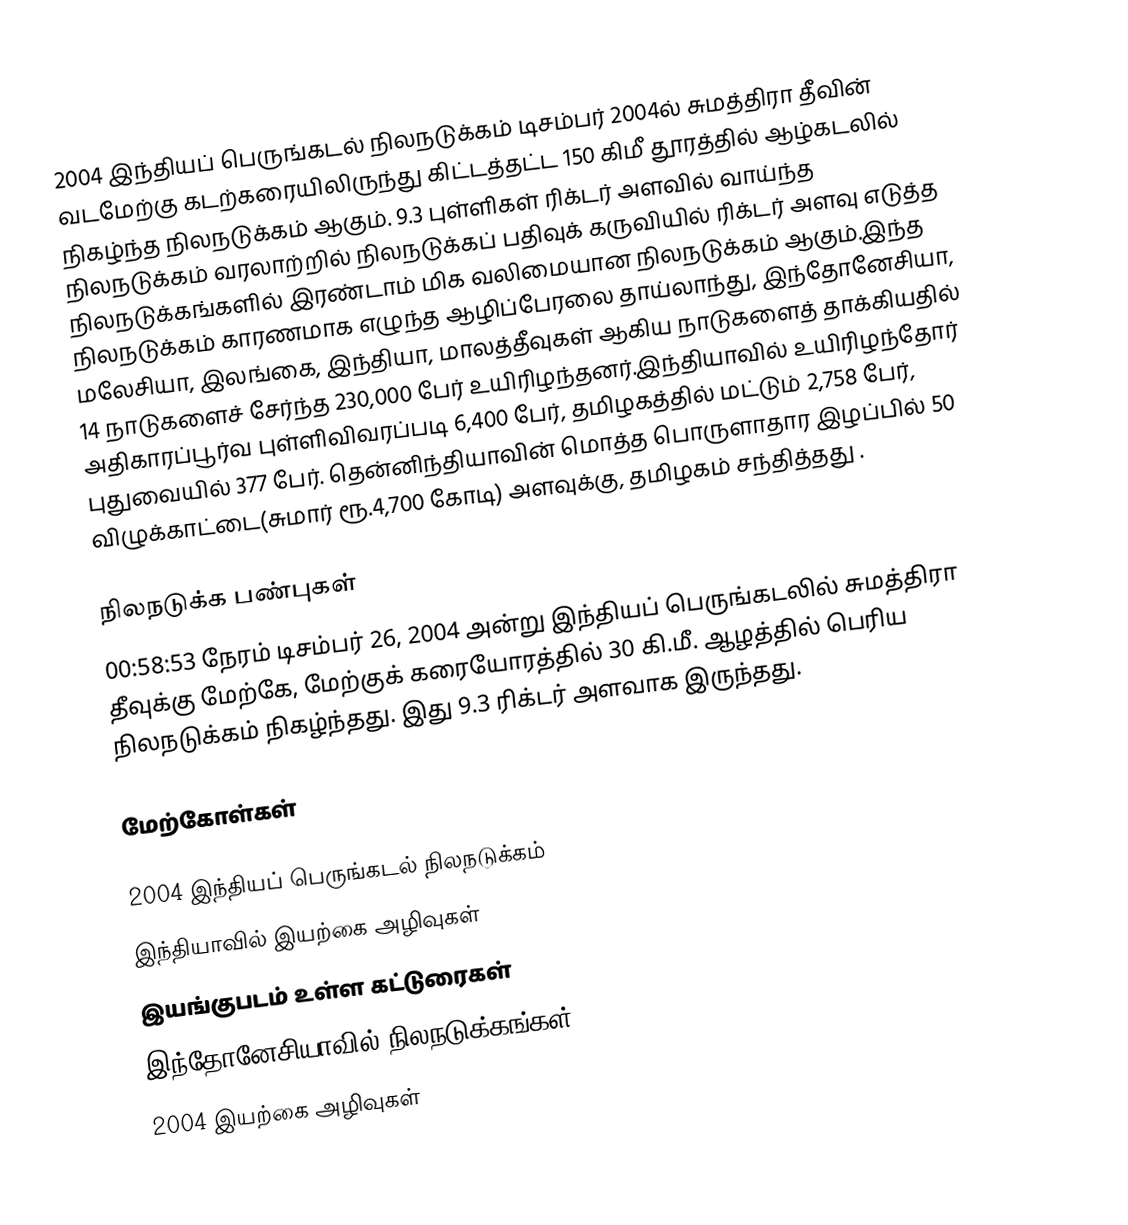
2004 இந்தியப் பெருங்கடல் நிலநடுக்கம் டிசம்பர் 2004ல் சுமத்திரா தீவின் வடமேற்கு கடற்கரையிலிருந்து கிட்டத்தட்ட 150 கிமீ தூரத்தில் ஆழ்கடலில் நிகழ்ந்த நிலநடுக்கம் ஆகும். 9.3 புள்ளிகள் ரிக்டர் அளவில் வாய்ந்த நிலநடுக்கம் வரலாற்றில் நிலநடுக்கப் பதிவுக் கருவியில் ரிக்டர் அளவு எடுத்த நிலநடுக்கங்களில் இரண்டாம் மிக வலிமையான நிலநடுக்கம் ஆகும்.இந்த நிலநடுக்கம் காரணமாக எழுந்த ஆழிப்பேரலை தாய்லாந்து, இந்தோனேசியா, மலேசியா, இலங்கை, இந்தியா, மாலத்தீவுகள் ஆகிய நாடுகளைத் தாக்கியதில் 14 நாடுகளைச் சேர்ந்த 230,000 பேர் உயிரிழந்தனர்.இந்தியாவில் உயிரிழந்தோர் அதிகாரப்பூர்வ புள்ளிவிவரப்படி 6,400 பேர், தமிழகத்தில் மட்டும் 2,758 பேர், புதுவையில் 377 பேர். தென்னிந்தியாவின் மொத்த பொருளாதார இழப்பில் 50 விழுக்காட்டை(சுமார் ரூ.4,700 கோடி) அளவுக்கு, தமிழகம் சந்தித்தது .

நிலநடுக்க பண்புகள்
00:58:53 நேரம் டிசம்பர் 26, 2004  அன்று இந்தியப் பெருங்கடலில் சுமத்திரா தீவுக்கு மேற்கே, மேற்குக் கரையோரத்தில் 30 கி.மீ. ஆழத்தில் பெரிய நிலநடுக்கம் நிகழ்ந்தது. இது 9.3 ரிக்டர் அளவாக இருந்தது.

மேற்கோள்கள்

2004 இந்தியப் பெருங்கடல் நிலநடுக்கம்
இந்தியாவில் இயற்கை அழிவுகள்
இயங்குபடம் உள்ள கட்டுரைகள்
இந்தோனேசியாவில் நிலநடுக்கங்கள்
2004 இயற்கை அழிவுகள்